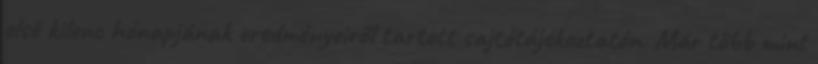
első kilenc hónapjának eredményeiről tartott sajtótájékoztatón. Már több mint